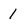
Character: 1